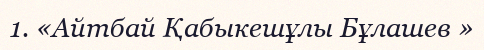
1. «Айтбай Қабыкешұлы Бұлашев »